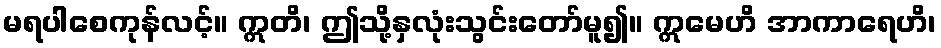
မရပါစေကုန်လင့်။ ဣတိ၊ ဤသို့နှလုံးသွင်းတော်မူ၍။ ဣမေဟိ အာကာရေဟိ၊